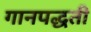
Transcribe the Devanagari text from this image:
गानपद्धती